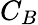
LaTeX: C_{B}